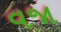
વજા